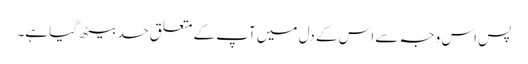
پس اس وجہ سے اس کے دل میں آپ کے متعلق حسد بیٹھ گیا ہے۔